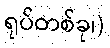
ရုပ်တစ်ခု၊)